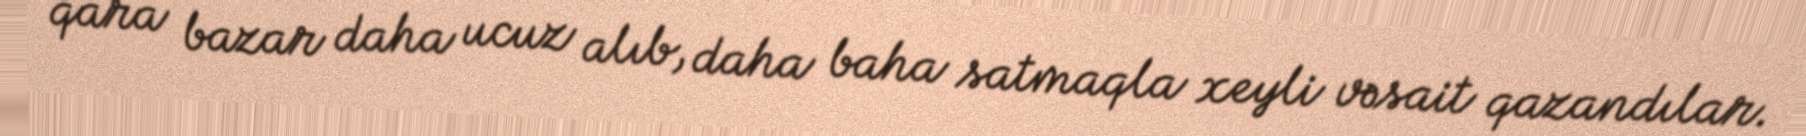
qara bazar daha ucuz alıb, daha baha satmaqla xeyli vəsait qazandılar.